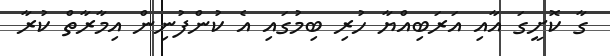
ގާ ކޮށީގަ އާއި އަރަބިއްޔާ ހުރި ބިމުގައި އެ ކުންފުނިން އިމާރާތް ކުރާ